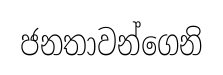
ජනතාවන්ගෙනි